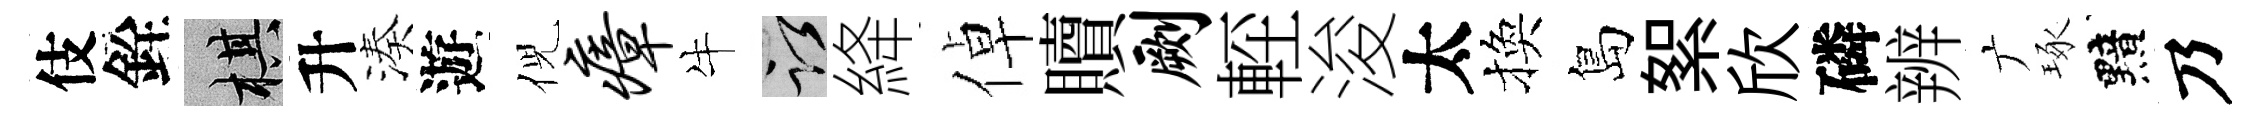
伎銓棋升湊遊倪瘴牛謹絳倬贖劂䡖浚太換島絮欣磷辨广琢黯乃